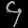
Digit: ၄